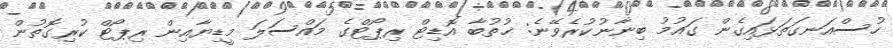
ހުސްއަނގަތަޅައިގެން ގައުމު ބިނާނުކުރެވޭނެ: ޚުތުބާ އޮޑިޓް ރިޕޯޓްގެ މައްސަލަ މީޑިޔާއިން ރިޕޯޓް ކުރިގޮތުން